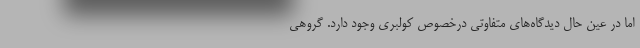
اما در عين حال ديدگاه‌هاي متفاوتي در‌خصوص كولبري وجود دارد. گروهي